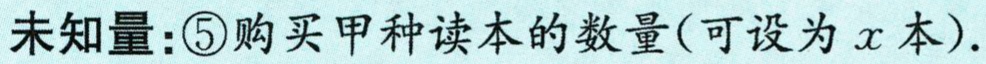
未知量：\textcircled{5}购买甲种读本的数量(可设为\(x\)本).